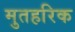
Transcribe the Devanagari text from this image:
मुतहरिक